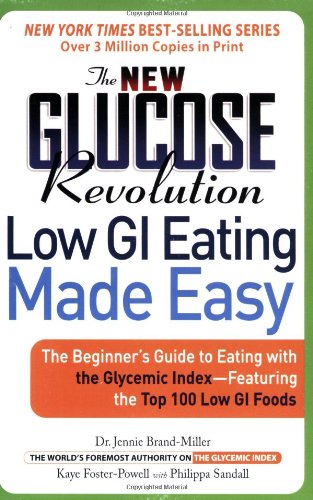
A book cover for The New Glucose Revolution: Low GI Eating Made Easy; Dr. Dr. Jennie Brand-Miller M.D. M.D.; Health, Fitness & Dieting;